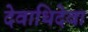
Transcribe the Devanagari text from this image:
देवाधिदेवा